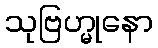
သုဗြဟ္မုနော